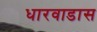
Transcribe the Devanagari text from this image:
धारवाडास